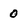
Character: 0